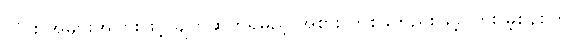
လိုင်း အများအပြားဖြင့် ချိတ်ဆက်ရမည့် အစား တစ်ခုတည်းဖြင့် ကြိုး မဲ့စနစ်ကို